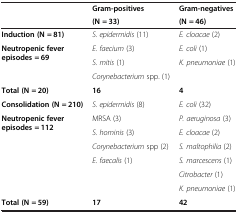
|  | Gram-positives | Gram-negatives |
 |  | (N = 33) | (N = 46) |
 | --- | --- | --- |
 | Induction (N = 81) | S. epidermidis (11) | E. cloacae (2) |
 | <ROWSPAN=3> Neutropenic fever episodes = 69 | E. faecium (3) | E. coli (1) |
 | S. mitis (1) | K. pneumoniae (1) |
 | Corynebacterium spp. (1) |  |
 | Total (N = 20) | 16 | 4 |
 | Consolidation (N = 210) | S. epidermidis (8) | E. coli (32) |
 | <ROWSPAN=4> Neutropenic fever episodes = 112 | MRSA (3) | P. aeruginosa (3) |
 | S. hominis (3) | E. cloacae (2) |
 | Corynebacterium spp (2) | S. maltophilia (2) |
 | E. faecalis (1) | S. marcescens (1) |
 |  |  | Citrobacter (1) |
 |  |  | K. pneumoniae (1) |
 | Total (N = 59) | 17 | 42 |